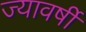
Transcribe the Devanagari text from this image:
ज्यावर्षी